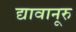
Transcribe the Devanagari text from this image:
द्यावानूरु